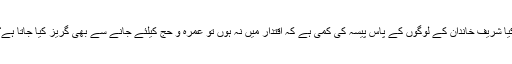
کیا شریف خاندان کے لوگوں کے پاس پیسہ کی کمی ہے کہ اقتدار میں نہ ہوں تو عمرہ و حج کیلئے جانے سے بھی گریز کیا جاتا ہے؟